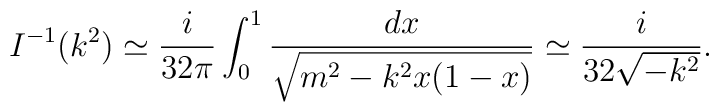
I^{-1}(k^2)\simeq\frac{i}{32\pi}\int_0^1\frac{dx}{\sqrt{m^2-k^2x(1-x)}}\simeq \frac{i}{32\sqrt{-k^2}}.